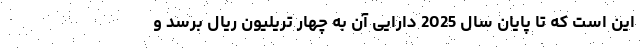
این است که تا پایان سال 2025 دارایی آن به چهار تریلیون ریال برسد و